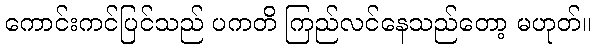
ကောင်းကင်ပြင်သည် ပကတိ ကြည်လင်နေသည်တော့ မဟုတ်။